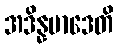
အဒိန္နမာဒေတိ